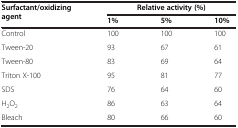
<table><thead><tr><td rowspan="2"><b>Surfactant/oxidizing agent</b></td><td colspan="2"><b>Relative activity (%)</b></td><td><b> </b></td></tr><tr><td><b>1%</b></td><td><b>5%</b></td><td><b>10%</b></td></tr></thead><tbody><tr><td>Control</td><td>100</td><td>100</td><td>100</td></tr><tr><td>Tween-20</td><td>93</td><td>67</td><td>61</td></tr><tr><td>Tween-80</td><td>83</td><td>69</td><td>64</td></tr><tr><td>Triton X-100</td><td>95</td><td>81</td><td>77</td></tr><tr><td>SDS</td><td>76</td><td>64</td><td>60</td></tr><tr><td>H<sub>2</sub>O<sub>2</sub></td><td>86</td><td>63</td><td>64</td></tr><tr><td>Bleach</td><td>80</td><td>66</td><td>60</td></tr></tbody></table>